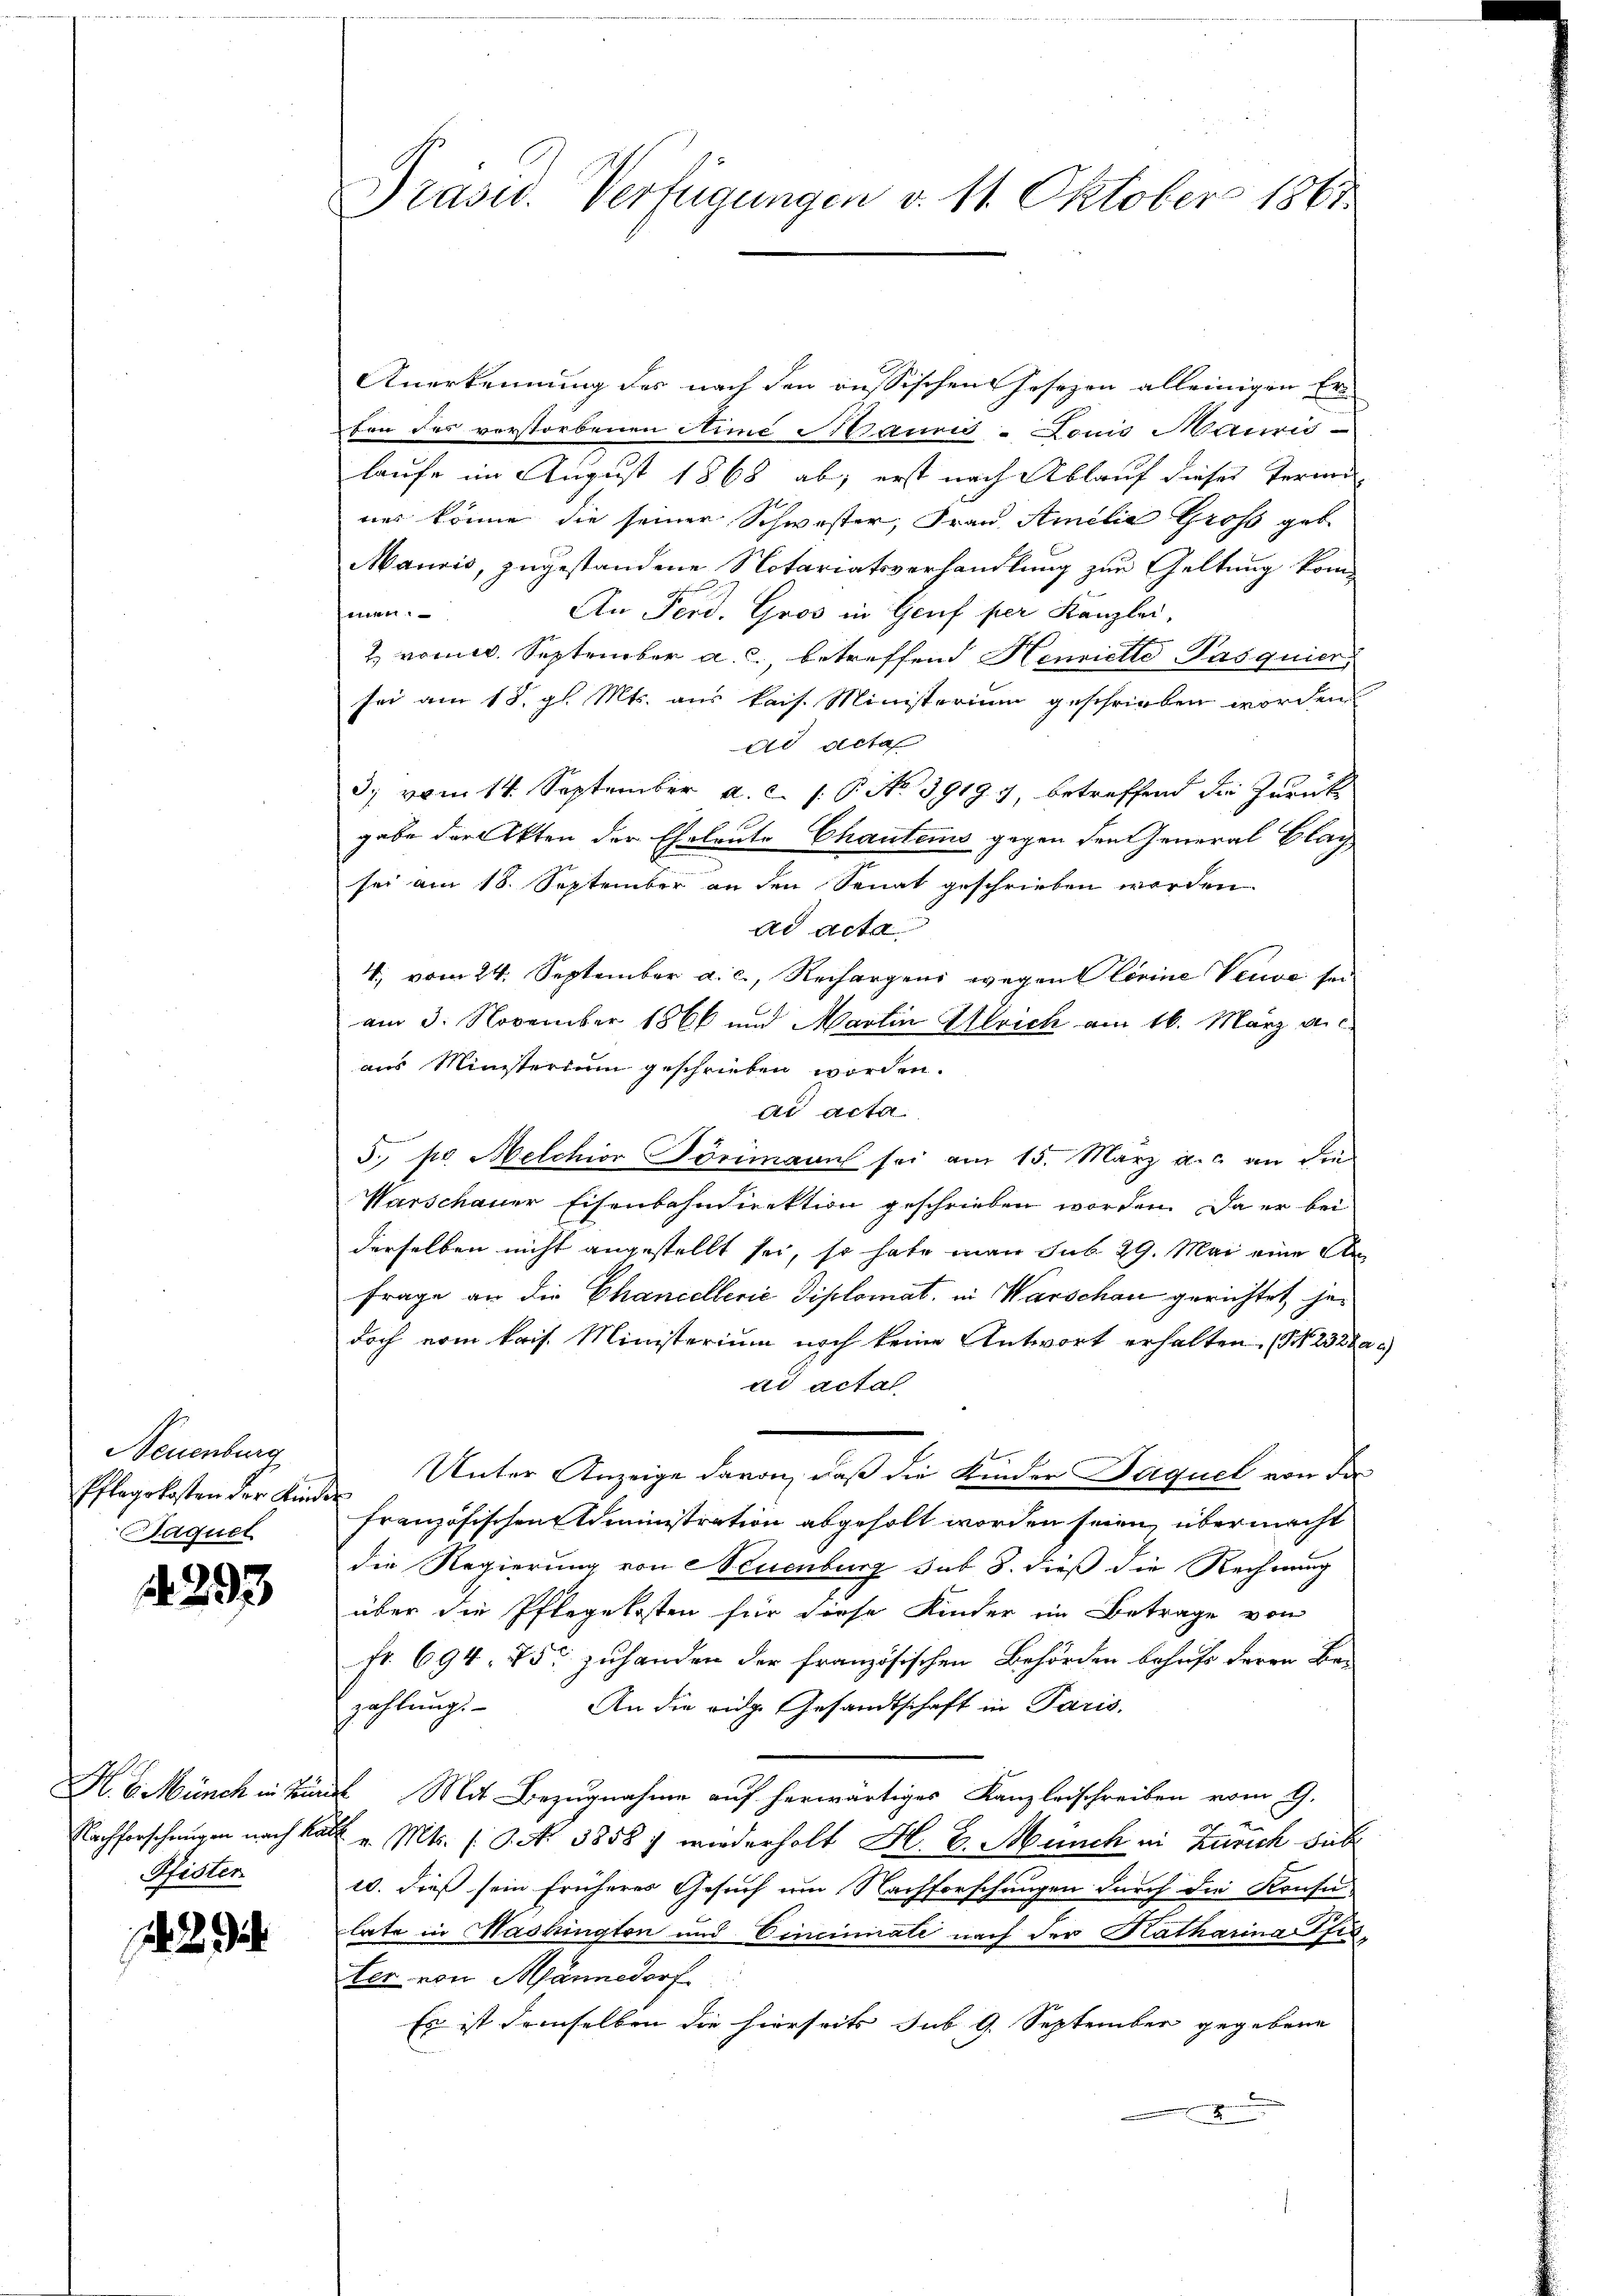
Neuenburg
Pflegekosten der Kinder
Saguel

4293

Pfister

Prasur. Verfügungen d. 11. Oktober 1861

Anerkennung der nach den aussischen Josezen alleinigen Erfon des vorstorbenen Sime Mauris-Louis Mauris-
laufe im August 1868 ab; erst nach Ablauf dieses Termines könne die seiner Schwester, Frau Amilie Gross geb.
Mauris, zugestandene Notariatsverhandlung zur Geltung kom¬
An Ferd. Gros in Genf per Kanzlei,
senen.
2 vom 6. September a. c., betreffend Henrielle Pasquier
sei am 18. gl. Mts. aus kais. Ministerium geschrieben worden.
ad acta
3 vom 14. September a.c. s. B. No 39197, betreffend die zurück
 f
gabe der Akten der Eheleute Chautens gegen den eneral Blagsei am 18. September an den Senat geschrieben worden
ad acta
1, vom 24. September a. c., Rechargend wegen lorine Verve sei
am 3. November 1866 und Martin Ulrich am 16. März a.c.
aus Ministerium geschrieben worden.
ad acta.
5. pr. Melchior Förimann sei am 15. März a.c. an die
Warschauer Eisenbahndirektion geschrieben worden. Da er bei
derselben nicht angestellt sei, so habe man sub 29. Mai eine A
Frage an die Chancellerie Diplomat, in Warschau gerichtet, jedoch vom kais. Ministerium noch keine Antwort erhalten. (N. 2328
ad actal
Unter Anzeige davon, daß die Kinder Paquel von der
französischen Administration abgeholt worden seien, übermacht
die Regierung von Neuenburg sub 8. dieß die Rechnung
über die Pflegekosten für diese Kinder in Betrage von
fr. 694. 755 zuhanden der französischen Behörden behufs deren Be-
An die eidge Gesandtschaft in Paris.
zahlungs-
K. G. Münch in Bunde Mit Bezugnahme auf herwärtiges Kanzleischreiben vom 9.
Nachforschungen nach kalt v. Mts. s. S. Nr. 3858) wiederholt H. E. Münch in Zürich sub
10. dieß sein früheres Gesuch um Nachforschungen durch die Konsu
late in Mashington und Eincinirate nach der Katharina Pfisler von Männedorf
Es ist demselben die hierseits sub 9. September gegebene
x